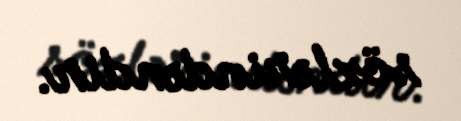
sözlərindəndir.